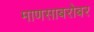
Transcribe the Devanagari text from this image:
माणसाबरोबर